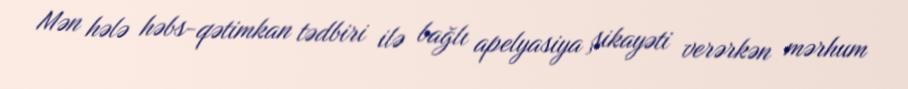
Mən hələ həbs-qətimkan tədbiri ilə bağlı apelyasiya şikayəti verərkən mərhum